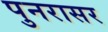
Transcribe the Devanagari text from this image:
पुनरासर